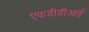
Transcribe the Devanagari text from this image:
एफडीडीआई